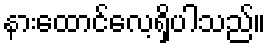
နားထောင်လေ့ရှိပါသည်။